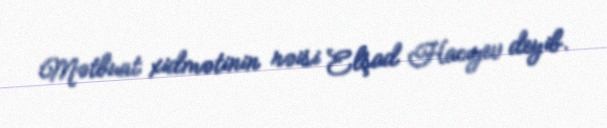
Mətbuat xidmətinin rəisi Elşad Hacıyev deyib.